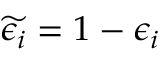
\widetilde { \epsilon _ { i } } = 1 - \epsilon _ { i }